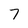
Character: 7